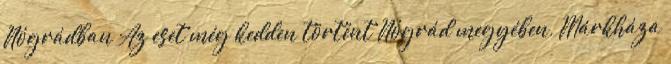
Nógrádban Az eset még kedden történt Nógrád megyében, Márkháza